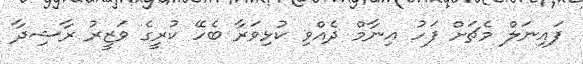
ފައިނަލް މެޗަށް ފަހު އިނާމް ދެއްވި ކުޅިވަރާ ބެހޭ ކުރީގެ ވަޒީރު ރާޝިދާ